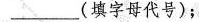
___(填字母代号)；